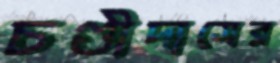
চণ্ডীদাসের